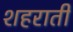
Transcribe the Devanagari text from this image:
शहराती